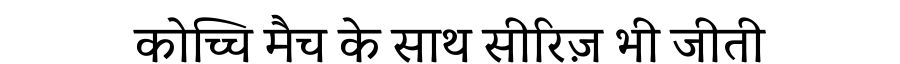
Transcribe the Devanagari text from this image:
कोच्चि मैच के साथ सीरिज़ भी जीती